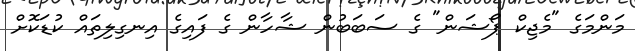
މަންމަގެ "މެޖިކް ޕޯޝަން" ގެ ސަބަބުން ޝާހާން ގެ ފައިގެ އިނގިލިތައް ކުޑަކޮށް